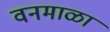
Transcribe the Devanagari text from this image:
वनमाळा